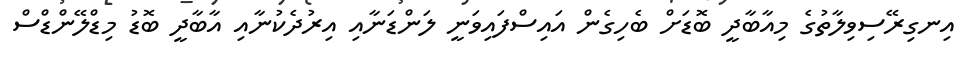
އިނގިރޭސިވިލާތުގެ މިއާބާދީ ބޮޑަށް ބެހިގެން އައިސްފައިވަނީ ލަންޑަނާއި އިރުދެކުނާއި އާބާދީ ބޮޑު މިޑްލޭންޑްސް